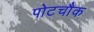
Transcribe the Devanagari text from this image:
पोटचौक